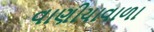
વાણીયાવાળા